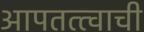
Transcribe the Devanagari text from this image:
आपतत्त्वाची